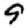
Digit: 9